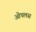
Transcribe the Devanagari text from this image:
ओपलस